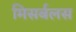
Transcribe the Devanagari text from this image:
मिसर्बलस